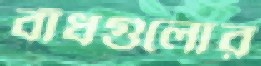
বাঁধগুলোর